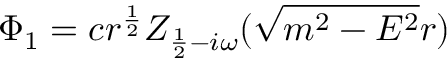
\Phi _ { 1 } = c r ^ { \frac 1 2 } Z _ { \frac 1 2 - i \omega } ( \sqrt { m ^ { 2 } - E ^ { 2 } } r )